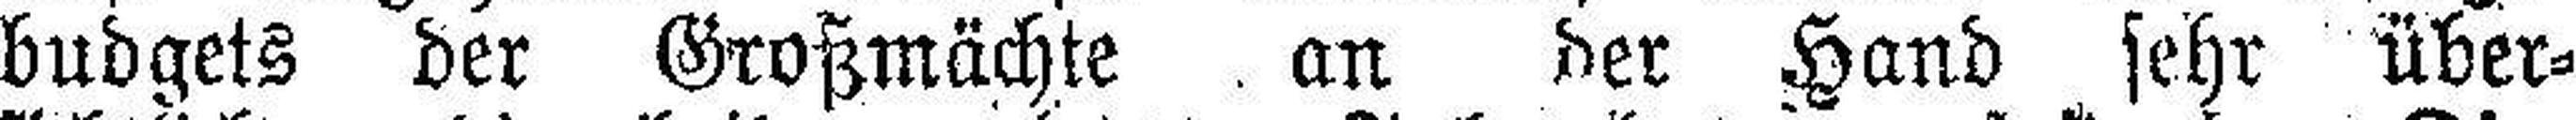
budgets der Großmächte an der Hand sehr über¬